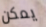
يمكن